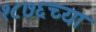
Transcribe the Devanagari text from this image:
१८७६च्या